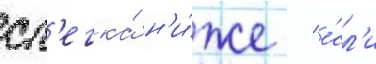
сл'егка́ н'и́же / е́сл'и